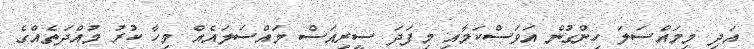
އަދި މިމައްސަލަ ހިންގުން އަވަސްކަމާއި މިފަދަ ސީރިއަސް މައްސަލައެއް މިހާ ކުރު މުއްދަތެއްގެ